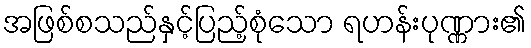
အဖြစ်စသည်နှင့်ပြည့်စုံသော ရဟန်းပုဏ္ဏား၏